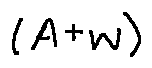
( A + w )